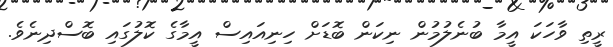
ރީތި ވާހަކަ އީމާ ބުނެލުމުން ނިކަން ބޮޑަށް ހިނިއައިސް އީމާގެ ކޮލުގައި ބޮސްދިނެވެ.